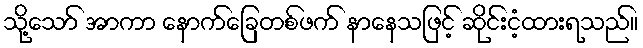
သို့သော် အာကာ နောက်ခြေတစ်ဖက် နာနေသဖြင့် ဆိုင်းငံ့ထားရသည်။